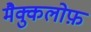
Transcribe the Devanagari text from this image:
मैक्कुलोफ़